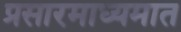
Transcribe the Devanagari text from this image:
प्रसारमाध्यमात